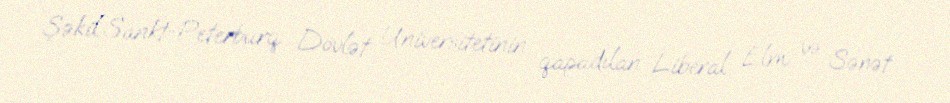
Şəkil:Sankt-Peterburq Dövlət Universitetinin qapadılan Liberal Elm və Sənət